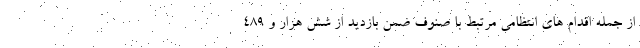
از جمله اقدام های انتظامی مرتبط با صنوف ضمن بازدید از شش هزار و ۴۸۹